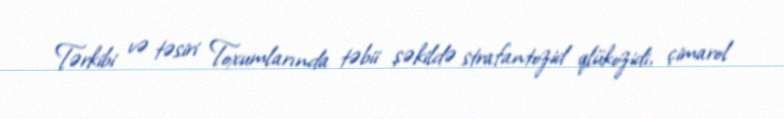
Tərkibi və təsiri Toxumlarında təbii şəkildə strafantozid qlükozidi, çimarol